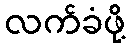
လက်ခံဖို့